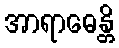
အာရာဓေန္တိ